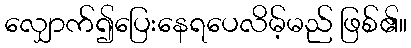
လျှောက်၍ပြေးနေရပေလိမ့်မည် ဖြစ်၏။